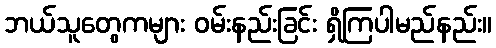
ဘယ်သူတွေကများ ဝမ်းနည်းခြင်း ရှိကြပါမည်နည်း။